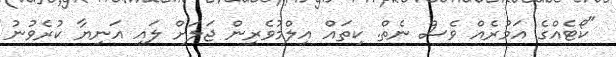
"ކޯޓެއްގެ އަމުރެއް ވެސް ނެތް. ކިތައް އިލްމުވެރިން ޖަލަށް ލައި އަނިޔާ ކުރެވުނު